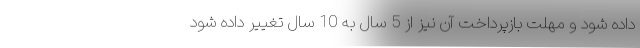
داده شود و مهلت بازپرداخت آن نیز از 5 سال به 10 سال تغییر داده شود